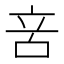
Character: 𠱫